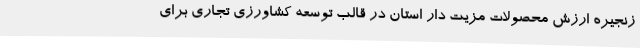
زنجیره ارزش محصولات مزیت دار استان در قالب توسعه کشاورزی تجاری برای